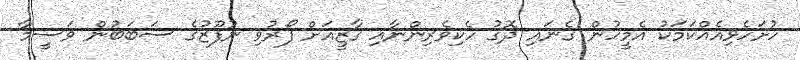
ހުށަހެޅިއެއްކަމަކު އެމީހުން ގެނައި ދޮގު ހެކިވެރިންނާއި ގާޒީއަށް ފޯރުވި ނުފޫޒުގެ ސަބަބުން ވަސީމާ